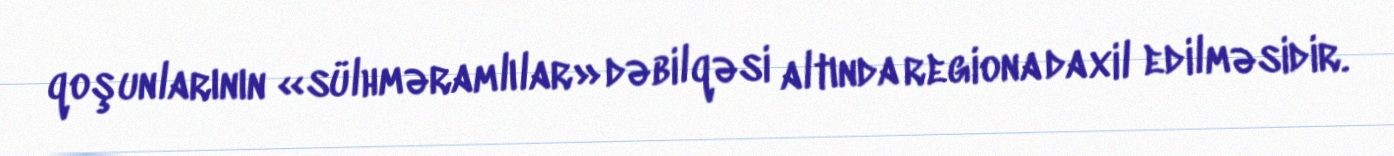
qoşunlarının «sülhməramlılar» dəbilqəsi altında regiona daxil edilməsidir.